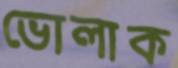
ভোলাক